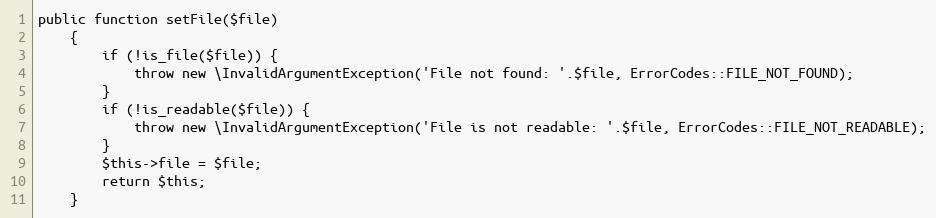
Language: PHP
public function setFile($file)
    {
        if (!is_file($file)) {
            throw new \InvalidArgumentException('File not found: '.$file, ErrorCodes::FILE_NOT_FOUND);
        }
        if (!is_readable($file)) {
            throw new \InvalidArgumentException('File is not readable: '.$file, ErrorCodes::FILE_NOT_READABLE);
        }
        $this->file = $file;
        return $this;
    }